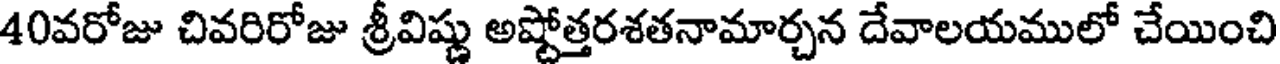
40వరోజు చివరిరోజు శ్రీవిష్ణు అష్టోత్తరశతనామార్చన దేవాలయములో చేయించి